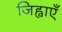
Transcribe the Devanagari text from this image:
जिह्वाएँ